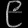
Digit: ၉